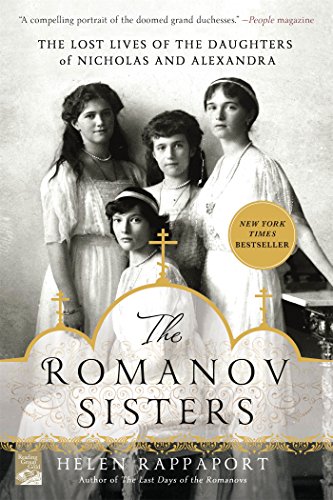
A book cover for The Romanov Sisters: The Lost Lives of the Daughters of Nicholas and Alexandra; Helen Rappaport; Biographies & Memoirs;